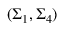
( \Sigma _ { 1 } , \Sigma _ { 4 } )